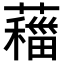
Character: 𦿨